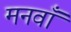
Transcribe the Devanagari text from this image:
मनवाँ